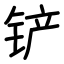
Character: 铲